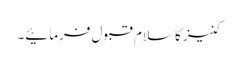
کنیز کا سلام قبول فرمائیے۔